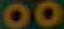
00